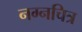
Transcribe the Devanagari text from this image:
नग्नचित्र